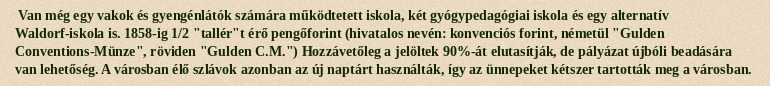
Van még egy vakok és gyengénlátók számára működtetett iskola, két gyógypedagógiai iskola és egy alternatív Waldorf-iskola is. 1858-ig 1/2 "tallér"t érő pengőforint (hivatalos nevén: konvenciós forint, németül "Gulden Conventions-Münze", röviden "Gulden C.M.") Hozzávetőleg a jelöltek 90%-át elutasítják, de pályázat újbóli beadására van lehetőség. A városban élő szlávok azonban az új naptárt használták, így az ünnepeket kétszer tartották meg a városban.